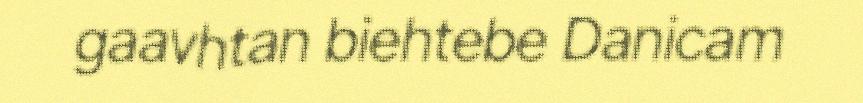
gaavhtan biehtebe Danicam